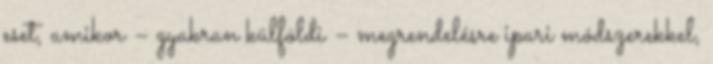
eset, amikor – gyakran külföldi – megrendelésre ipari módszerekkel,